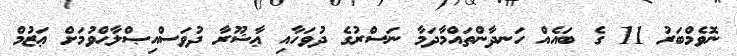
ނޮވެމްބަރު 11 ގެ ބައެއް ހަނދާންތައްމާދަމާ ނަސްރުގެ ދުވަހާއި ޢާޝޫރާ ދުވަސްއިޞްލާޙްވުމަށް ޢަޒުމް